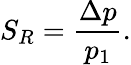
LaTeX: S_{R}=\frac{\Delta p}{p_{1}}.